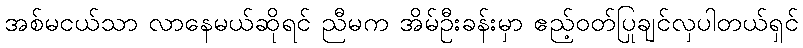
အစ်မငယ်သာ လာနေမယ်ဆိုရင် ညီမက အိမ်ဦးခန်းမှာ ဧည့်ဝတ်ပြုချင်လှပါတယ်ရှင်